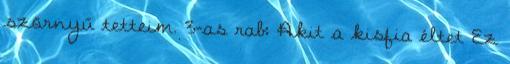
szörnyű tetteim. 3-as rab: Akit a kisfia éltet Ez